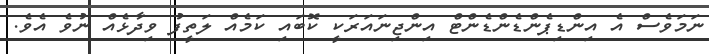
ނަމަވެސް އެ އިންޑިޕެންޑެންޑެންޓް އިންޖިނައަރަކީ ކޮބައި ކަމެއް ލަތީފު ވިދާޅެއް ނުވެ އެވެ.